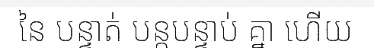
នៃ បន្ទាត់ បន្តបន្ទាប់ គ្នា ហើយ